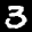
Label: 3